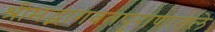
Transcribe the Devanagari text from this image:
श्रीमद्भागवतपुराणातले